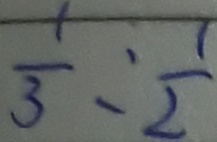
\frac { 1 } { 3 } = \frac { 1 } { 2 }